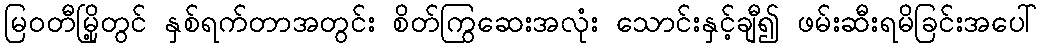
မြဝတီမြို့တွင် နှစ်ရက်တာအတွင်း စိတ်ကြွဆေးအလုံး သောင်းနှင့်ချီ၍ ဖမ်းဆီးရမိခြင်းအပေါ်